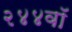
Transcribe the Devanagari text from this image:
२४४वॉ